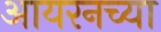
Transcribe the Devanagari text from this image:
आयरनच्या